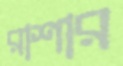
রাশার